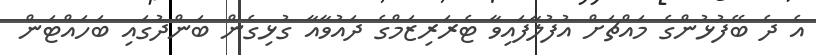
އެ ދެ ބޭފުޅުންގެ މައްޗަށް އުފުލާފައިވާ ޓެރަރިޒަމްގެ ދައުވާއާ ގުޅިގެން ބަންދުގައި ބަހައްޓަން